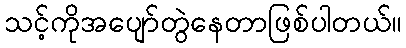
သင့်ကိုအပျော်တွဲနေတာဖြစ်ပါတယ်။